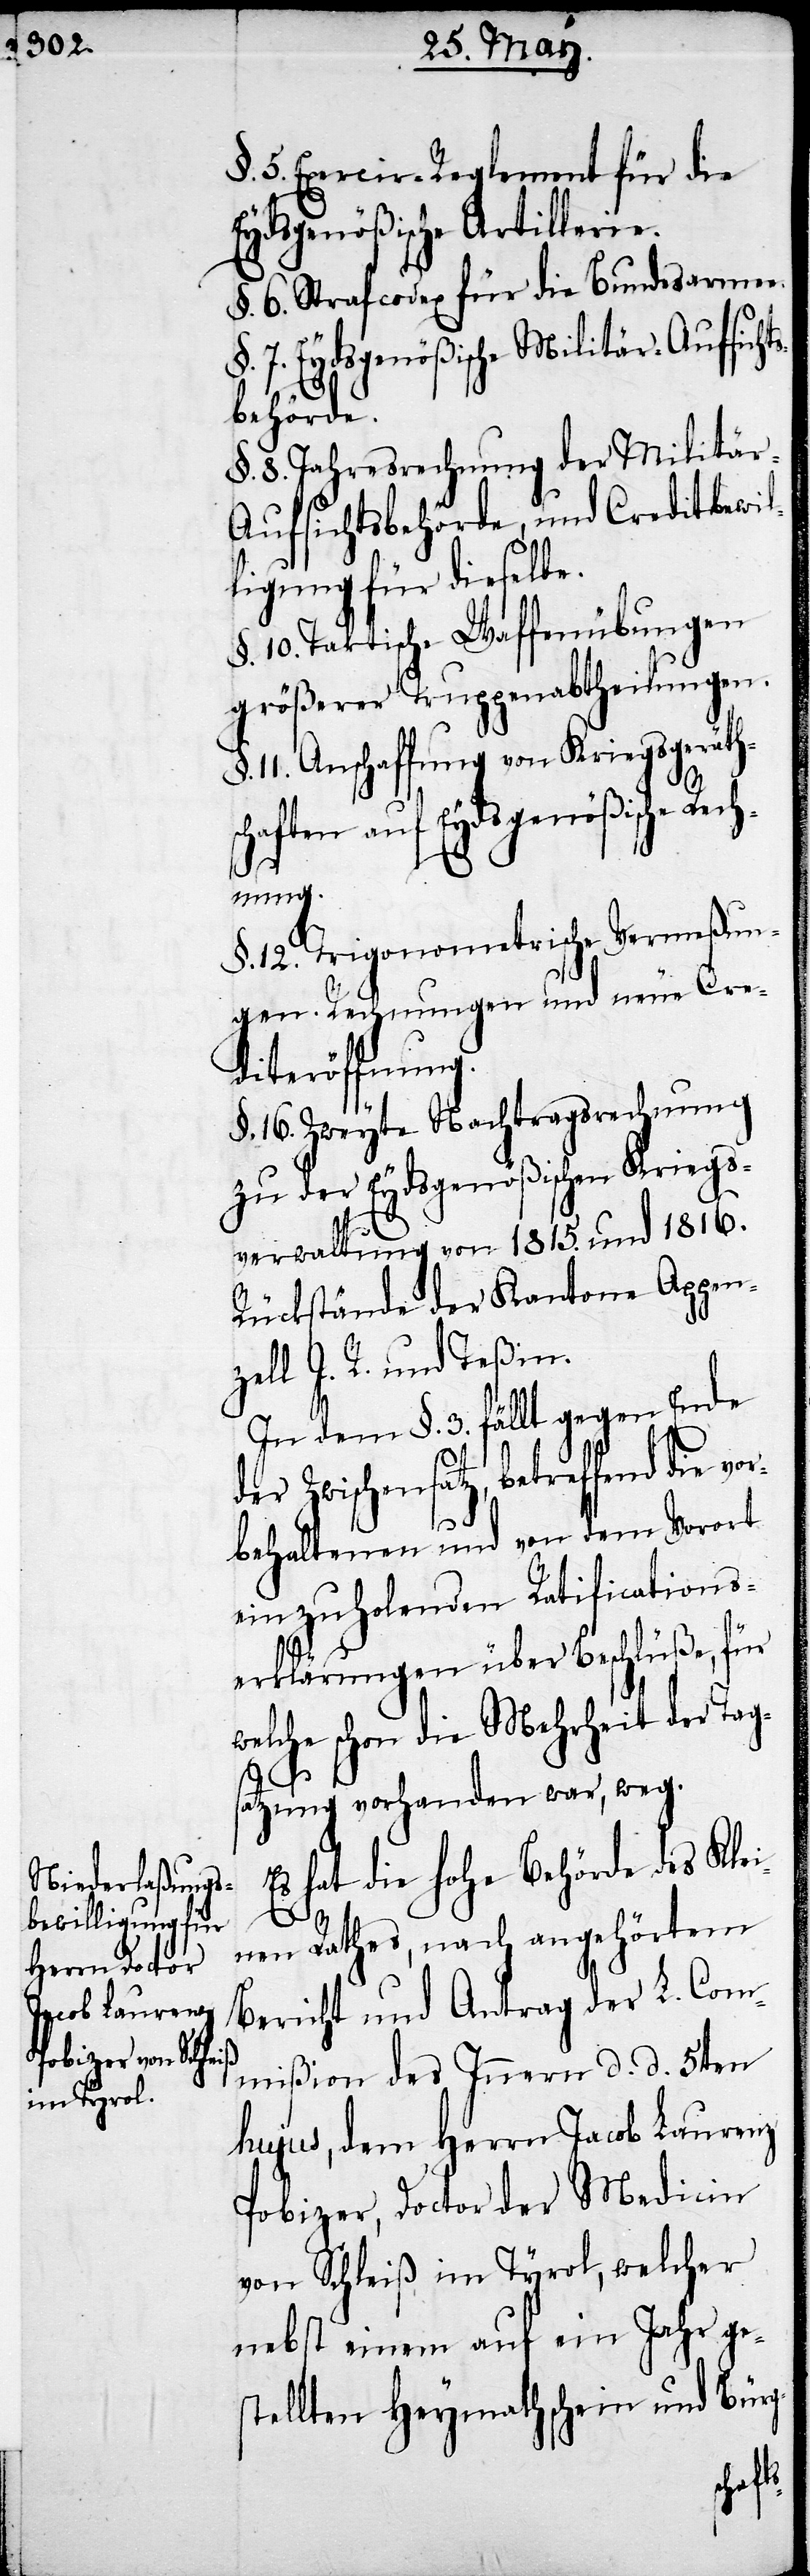
5. Exercir-Reglement für die
Eydsgenößische Artillerie.
§. 6. Strafcodex für die Bundesarme¬
§. 7. Eydsgenößische Militär-Aufsicht¬
sbehörde.
§. 8. Jahresrechnung der Militä¬
r-Aufsichtsbehörde, und Creditbewil¬
ligung für dieselbe.
§. 10. Taktische Waffenübungen
größerer Truppenabtheilungen.
11. Anschaffung von Kriegsgeräth¬
haften auf Eydsgenößische Rec¬
hnung.
§. 12. Trigonometrische Vermeßun¬
gen. Rechnungen und neue Cre¬
diteröffnung.
§. 16. Zweyte Nachtragsrechnung
zu der Eydsgenößischen Kriegs¬
verwaltung von 1815. und 1816.
Rückstände der Kantone Appen¬
zell I. R. und Teßin.
In dem §. 3. fällt gegen Ende
der Zwischensatz, betreffend die vor¬
behaltenen und von dem Vorort
einzuholenden Ratifications¬
erklärungen über Beschlüße, für
welche schon die Mehrheit der Tags¬
sc¬
atzung vorhanden war, weg.
Es hat die hohe Behörde des Klei¬
nen Rathes, nach angehörtem
Bericht und Antrag der L. Com¬
mißion des Innern d. d. 5ten
hujus, dem Herrn Jacob Laurenz
Pobizer, Doctor der Medicin
von Schleiß im Tyrol, welcher
nebst einem auf ein Jahr ges¬
tellten Heymathschein und Bürg-